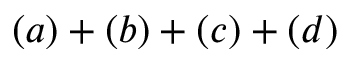
( a ) + ( b ) + ( c ) + ( d )